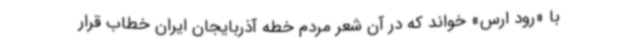
با «رود ارس» خواند که در آن شعر مردم خطه آذربایجان ایران خطاب قرار